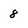
Character: 8